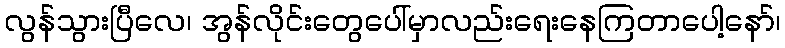
လွန်သွားပြီလေ၊ အွန်လိုင်းတွေပေါ်မှာလည်းရေးနေကြတာပေါ့နော်၊